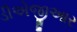
ડીએજીઆર